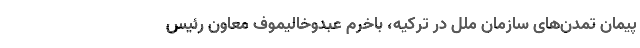
پیمان تمدن‌های سازمان ملل در ترکیه، باخرم عبدوخالیموف معاون رئیس